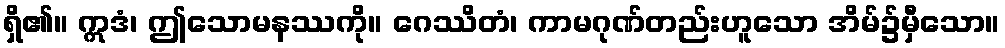
ရှိ၏။ ဣဒံ၊ ဤသောမနဿကို။ ဂေဿိတံ၊ ကာမဂုဏ်တည်းဟူသော အိမ်၌မှီသော။